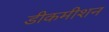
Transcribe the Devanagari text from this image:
डीकमीशन